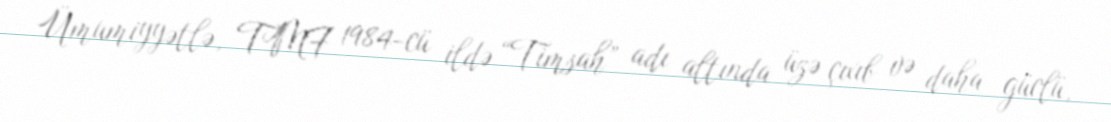
Ümumiyyətlə, TMF 1984-cü ildə “Timsah” adı altında üzə çıxıb və daha güclü,